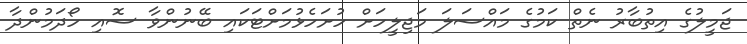
ޖަމީލުގެ އިތުބާރު ނެތް ކަމުގެ މައްސަލަ މަޖިލީހަށް ހުށަހެޅުމަށްޓަކައި ބޭނުންވާ ސޮއި ހޯދަމުންދާ